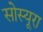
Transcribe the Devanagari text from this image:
सोस्यूरा